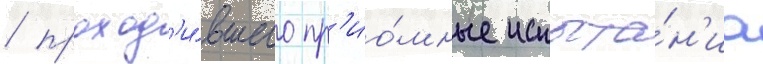
/ проход'и́вшего пр'ио́мные испыта́н'иа